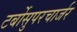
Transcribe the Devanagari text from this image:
टर्बोसुपरचार्जर